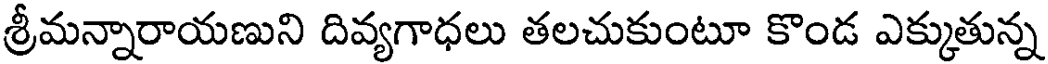
శ్రీమన్నారాయణుని దివ్యగాధలు తలచుకుంటూ కొండ ఎక్కుతున్న